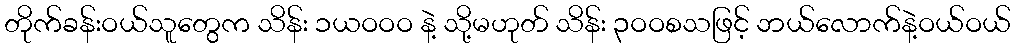
တိုက်ခန်းဝယ်သူတွေက သိန်း ၁ယဝဝဝ နဲ့ သို့မဟုတ် သိန်း ၃ဝဝစသဖြင့် ဘယ်လောက်နဲ့ဝယ်ဝယ်